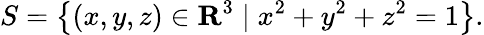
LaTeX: S=\left\{ (x,y,z)\in\mathbf{R}^{3}\mid x^{2}+y^{2}+z^{2}=1\right\} .